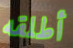
أطلقه